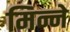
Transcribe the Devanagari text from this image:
मिन्ने